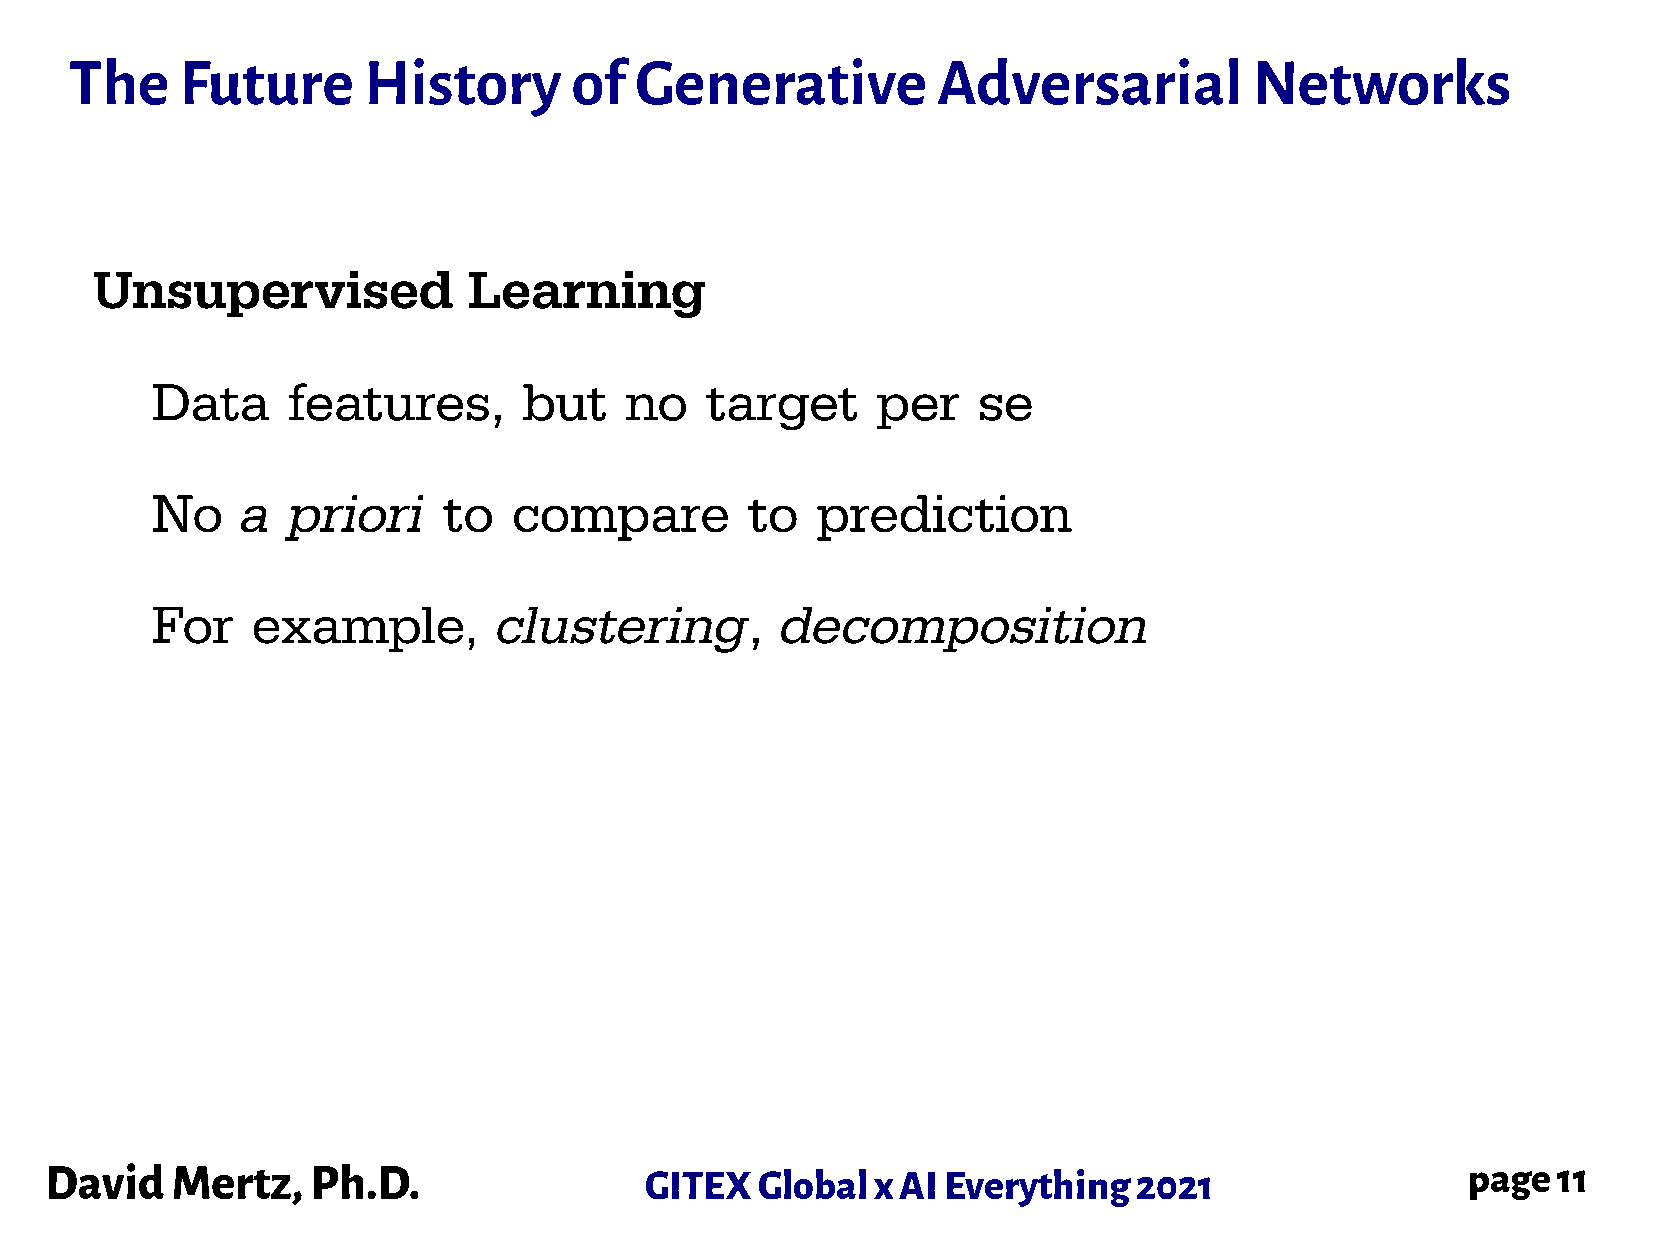
The    Future      History       of  Generative          Adversarial          Networks
 Unsupervised             Learning
 Data     features,       but   no    target     per    se
 No    a  priori    to   compare         to  prediction
 For    example,        clustering,        decomposition
 David   Mertz,    Ph.D.                 GITEX  Global  x AI Everything  2021                  page  11